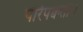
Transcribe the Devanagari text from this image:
परिपक्वता।